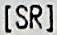
[SR]